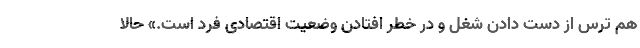
هم ترس از دست دادن شغل و در خطر افتادن وضعیت اقتصادی فرد است.» حالا